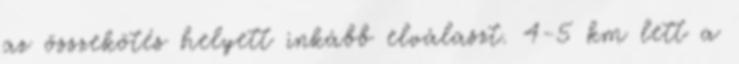
az összekötés helyett inkább elválaszt. 4-5 km lett a